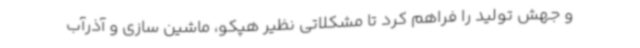
و جهش تولید را فراهم کرد تا مشکلاتی نظیر هپکو، ماشین سازی و آذرآب